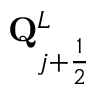
\mathbf { Q } _ { j + \frac { 1 } { 2 } } ^ { L }